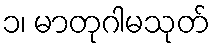
၁၊ မာတုဂါမသုတ်